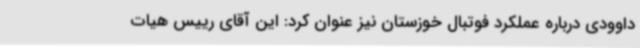
داوودی درباره عملکرد فوتبال خوزستان نیز عنوان کرد: این آقای رییس هیات